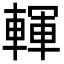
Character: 䡣